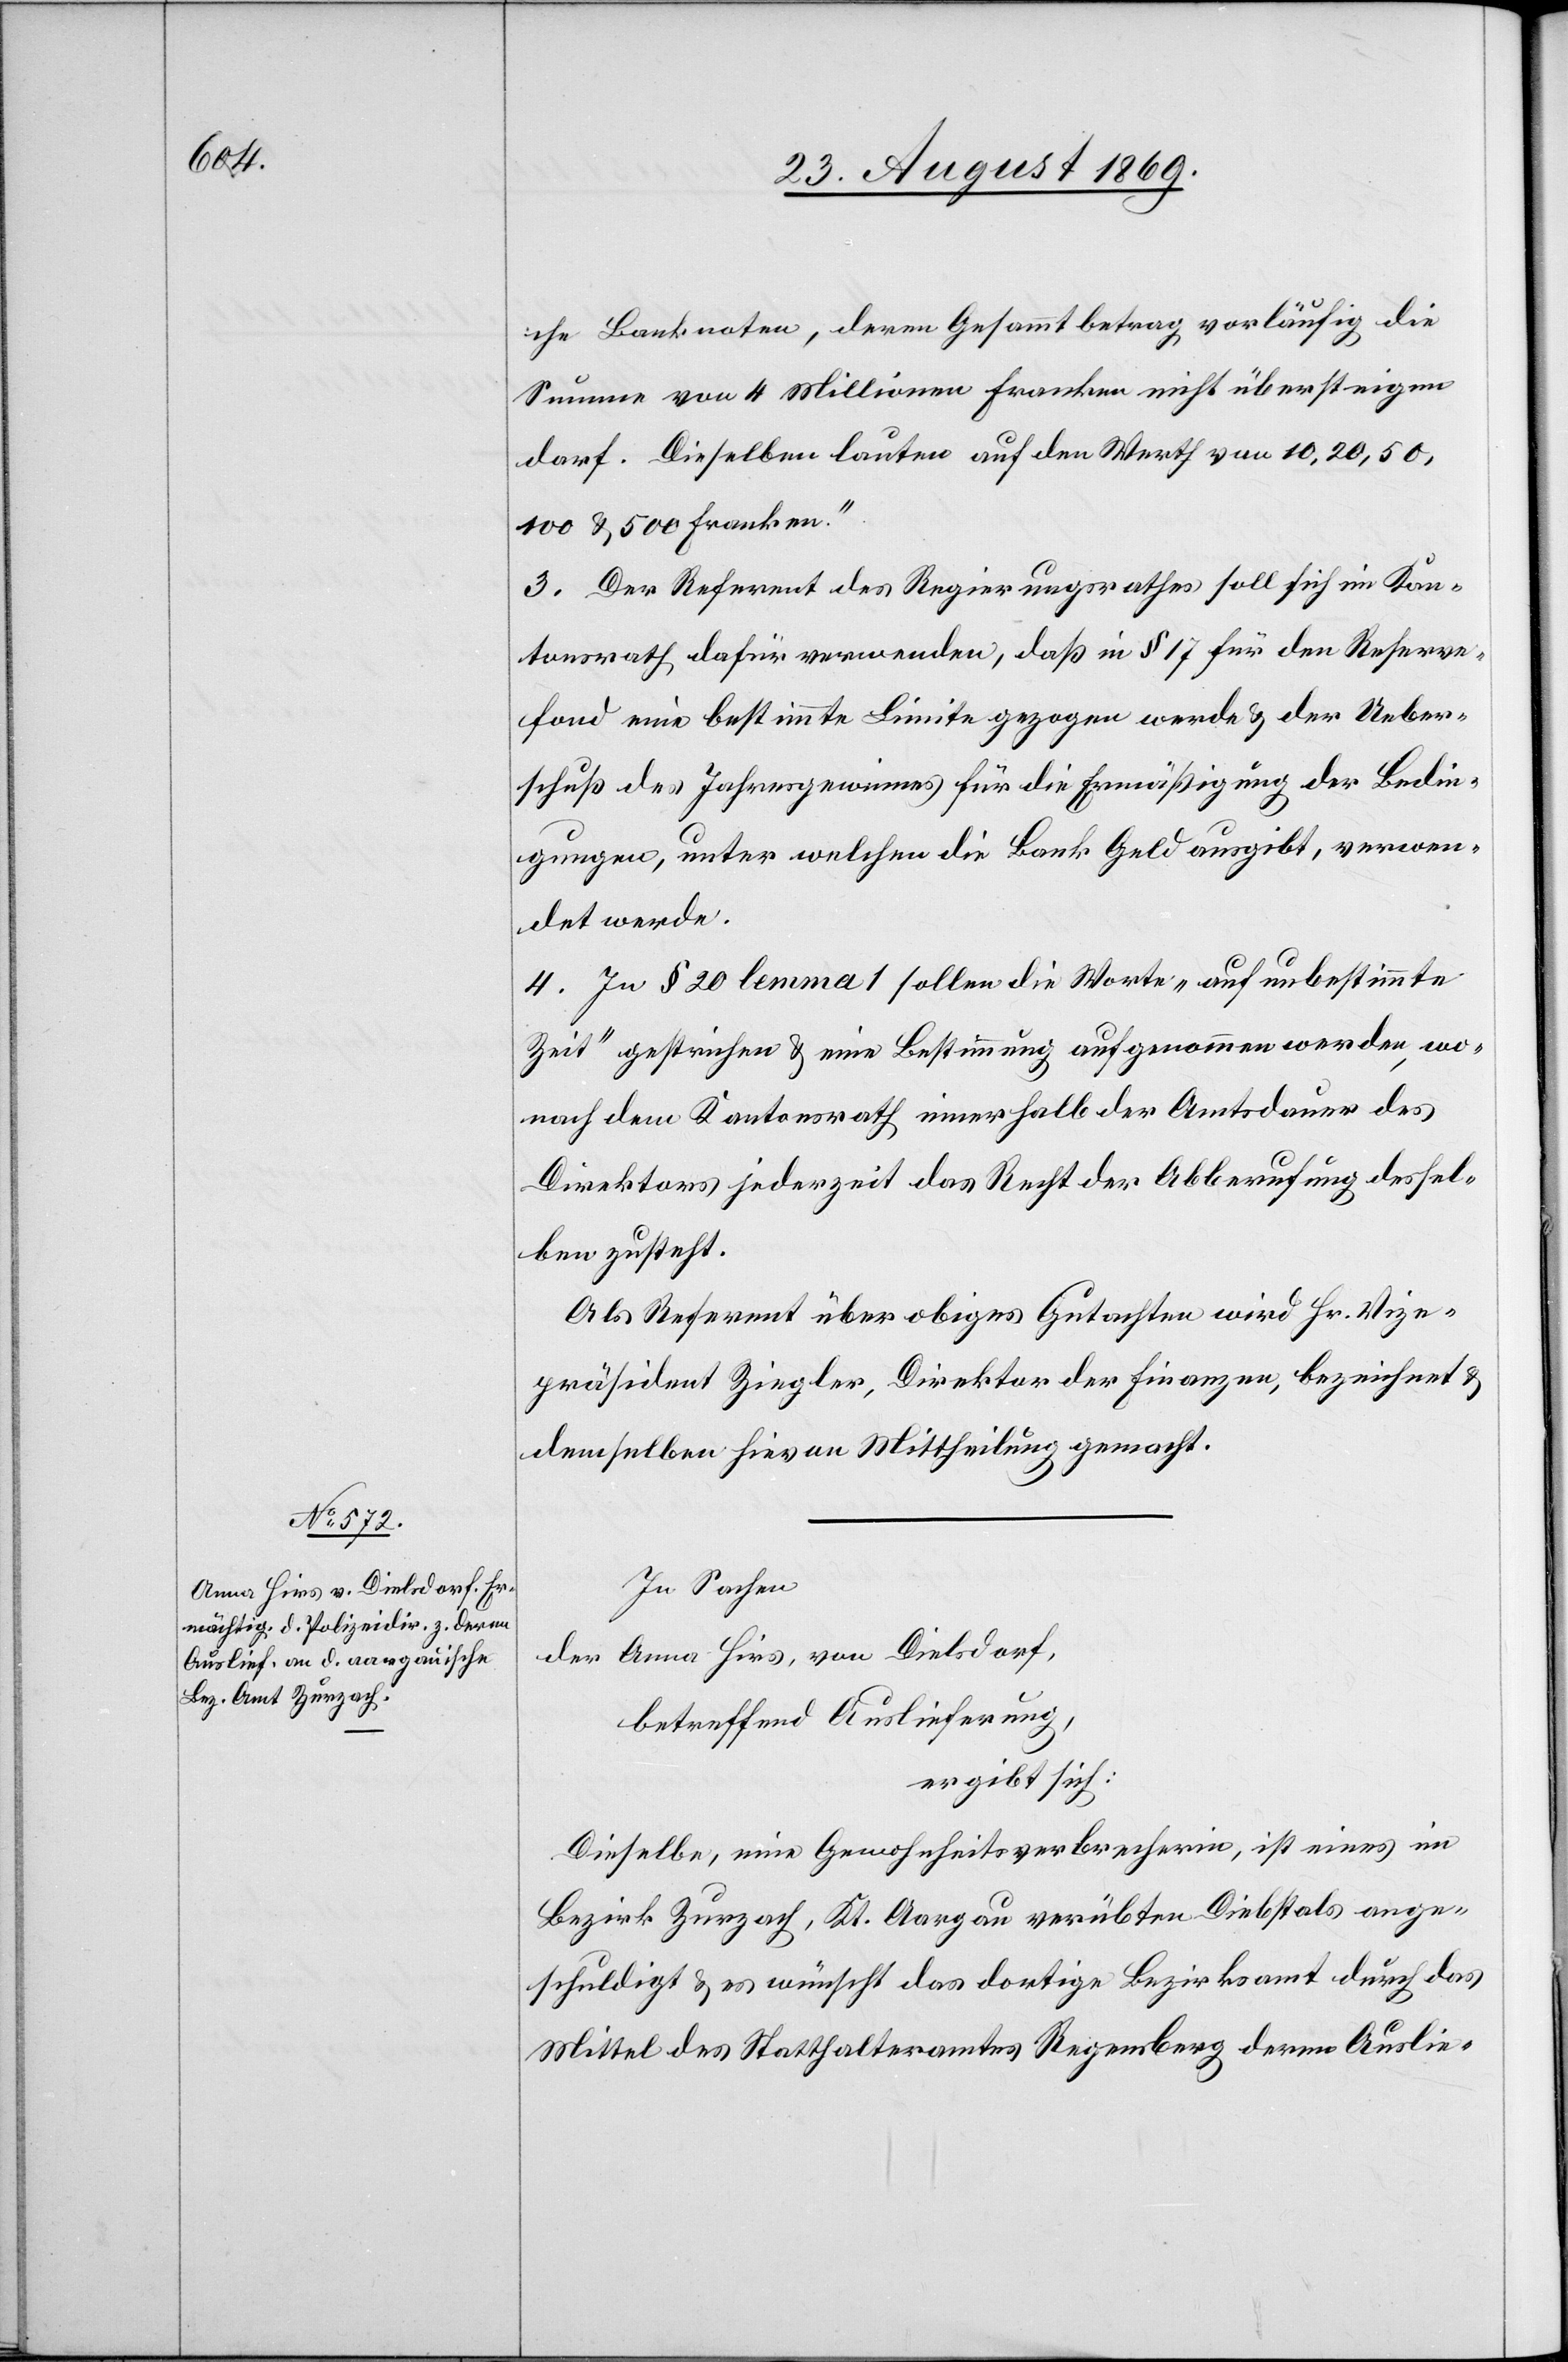
che Banknoten, deren Gesammtbetrag vorläufig die
Summe von 4 Millionen Franken nicht übersteigen
darf. Dieselben lauten auf den Werth von 10, 20, 50,
100 & 500 Franken.“
3. Der Referent des Regierungsrathes soll sich im Kan¬
tonsrath dafür verwenden, daß in § 17 für den Reserve¬
fond eine bestimmte Limite gezogen werde & der Ueber¬
schuß des Jahresgewinnes für die Ermäßigung der Bedin¬
gungen, unter welchen die Bank Geld ausgibt, verwen¬
det werde.
4. In § 20 lemma 1 sollen die Worte „auf unbestimmte
Zeit“ gestrichen & eine Bestimmung aufgenommen werden, wo¬
nach dem Kantonsrath innerhalb der Amtsdauer des
Direktors jederzeit das Recht der Abberufung dessel¬
ben zusteht.
Als Referent über obiges Gutachten wird Hr. Vize¬
präsident Ziegler, Direktor der Finanzen, bezeichnet &
demselben hievon Mittheilung gemacht.
In Sachen
der Anna Hirs, von Dielsdorf,
betreffend Auslieferung,
ergibt sich:
Dieselbe, eine Gewohnheitsverbrecherin, ist eines im
Bezirk Zurzach, Kt. Aargau verübten Diebstals ange¬
schuldigt & es wünscht das dortige Bezirksamt durch das
Mittel des Statthalteramtes Regensberg deren Auslie-